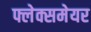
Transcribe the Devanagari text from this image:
फ्लेक्समेयर